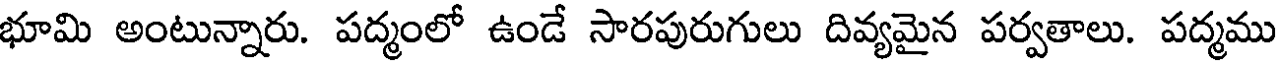
భూమి అంటున్నారు. పద్మంలో ఉండే సారపురుగులు దివ్యమైన పర్వతాలు. పద్మము